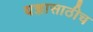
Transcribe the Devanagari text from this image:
यज्ञासाठीच